Veterinary regulations India, 1935 -
Year: 1935
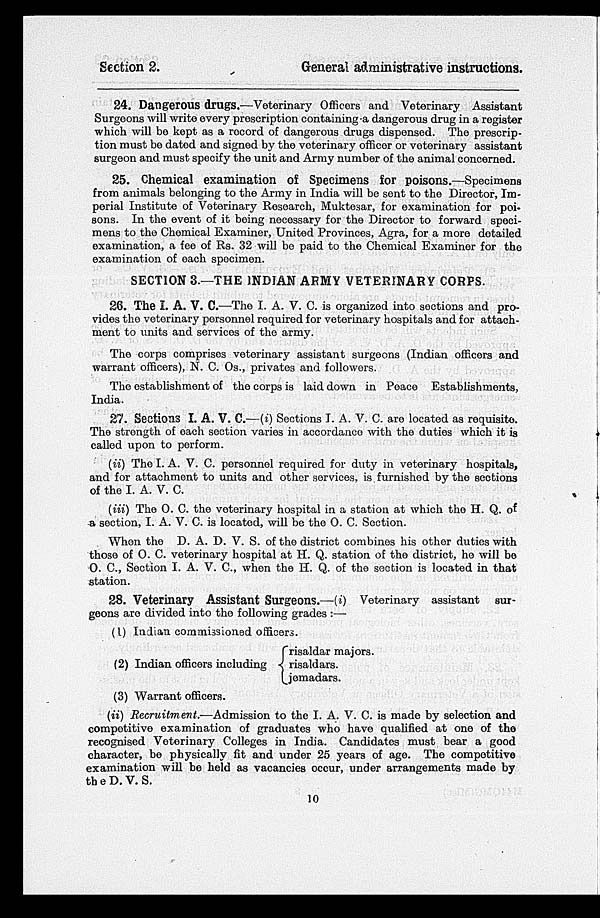
Section 2.
General administrative instructions.
24. Dangerous drugs.—Veterinary Officers and Veterinary Assistant
Surgeons will write every prescription containing-a dangerous drug in a register
which will be kept as a record of dangerous drugs dispensed. The prescrip-
tion must be dated and signed by the veterinary officer or veterinary assistant
surgeon and must specify the unit and Army number of the animal concerned.
25. Chemical examination of Specimens for poisons.—Specimens
from animals belonging to the Army in India will be sent to the Director, Im-
perial Institute of Veterinary Research, Muktesar, for examination for poi-
sons. In the event of it being necessary for the Director to forward speci-
mens to the Chemical Examiner, United Provinces, Agra, for a more detailed
examination, a fee of Rs. 32 will be paid to the Chemical Examiner for the
examination of each specimen.
SECTION 3.—THE INDIAN ARMY VETERINARY CORPS.
26. The I. A. V. C.—The I. A. V. C. is organized into sections and pro-
vides the veterinary personnel required for veterinary hospitals and for attach-
ment to units and services of the army.
The corps comprises veterinary assistant surgeons (Indian officers and
warrant officers), N. C. Os., privates and followers.
The establishment of the corps is laid down in Peace Establishments,
India.
27. Sections I. A. V. C.—(i) Sections I. A. V. C. are located as requisite.
The strength of each section varies in accordance with the duties which it is
called upon to perform.
(ii) The I. A. V. C. personnel required for duty in veterinary hospitals,
and for attachment to units and other services, is furnished by the sections
of the I. A. V. C.
(iii) The O. C. the veterinary hospital in a station at which the H. Q. of
a section, I. A. V. C. is located, will be the O. C. Section.
When the D. A. D. V. S. of the district combines his other duties with
these of O. C. veterinary hospital at H. Q. station of the district, he will be
O. C., Section I. A. V. C., when the H. Q. of the section is located in that
station.
28. Veterinary Assistant Surgeons.—(i) Veterinary assistant
sur-
geons are divided into the following grades :—
(1) Indian commissioned officers.
(2) Indian officers including
risaldar majors.
risaldars.
jemadars.
(3) Warrant officers.
(ii) Recruitment.—Admission
to the I. A. V. C. is made by selection and
competitive examination of graduates who have qualified at one of the
recognised Veterinary Colleges in India. Candidates must bear a good
character, be physically fit and under 25 years of age. The competitive
examination will be held as vacancies occur, under arrangements made by
the D. V. S.
10